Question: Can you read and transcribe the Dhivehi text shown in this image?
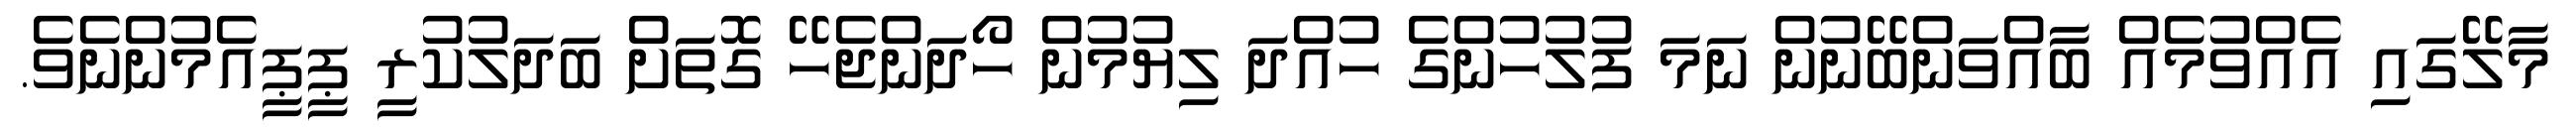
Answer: މާލޭގައި އެއްވުމެއް ބާއްވަންބޭނުން ނަމަ ފުލުހުންގެ ހުއްދަ ލިޔުމުން ހޯދަންޖެހޭ ގޮތަށް ބަދަލުކުރީ ޕީޕީއެމުންނެވެ.